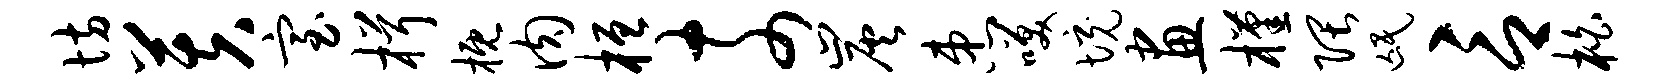
坊芙室楫概肉桓奈炭患笑境画槿隈氓言柏